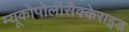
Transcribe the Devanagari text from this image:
म्यूकोपोलीसैक्केराइड